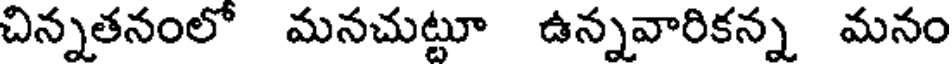
చిన్నతనంలో మనచుట్టూ ఉన్నవారికన్న మనం